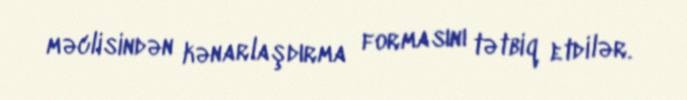
məclisindən kənarlaşdırma formasını tətbiq etdilər.